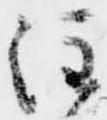
注